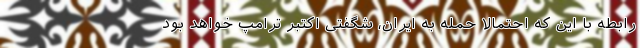
رابطه با این که احتمالا حمله به ایران، شگفتیِ اکتبرِ ترامپ خواهد بود